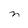
Character: n